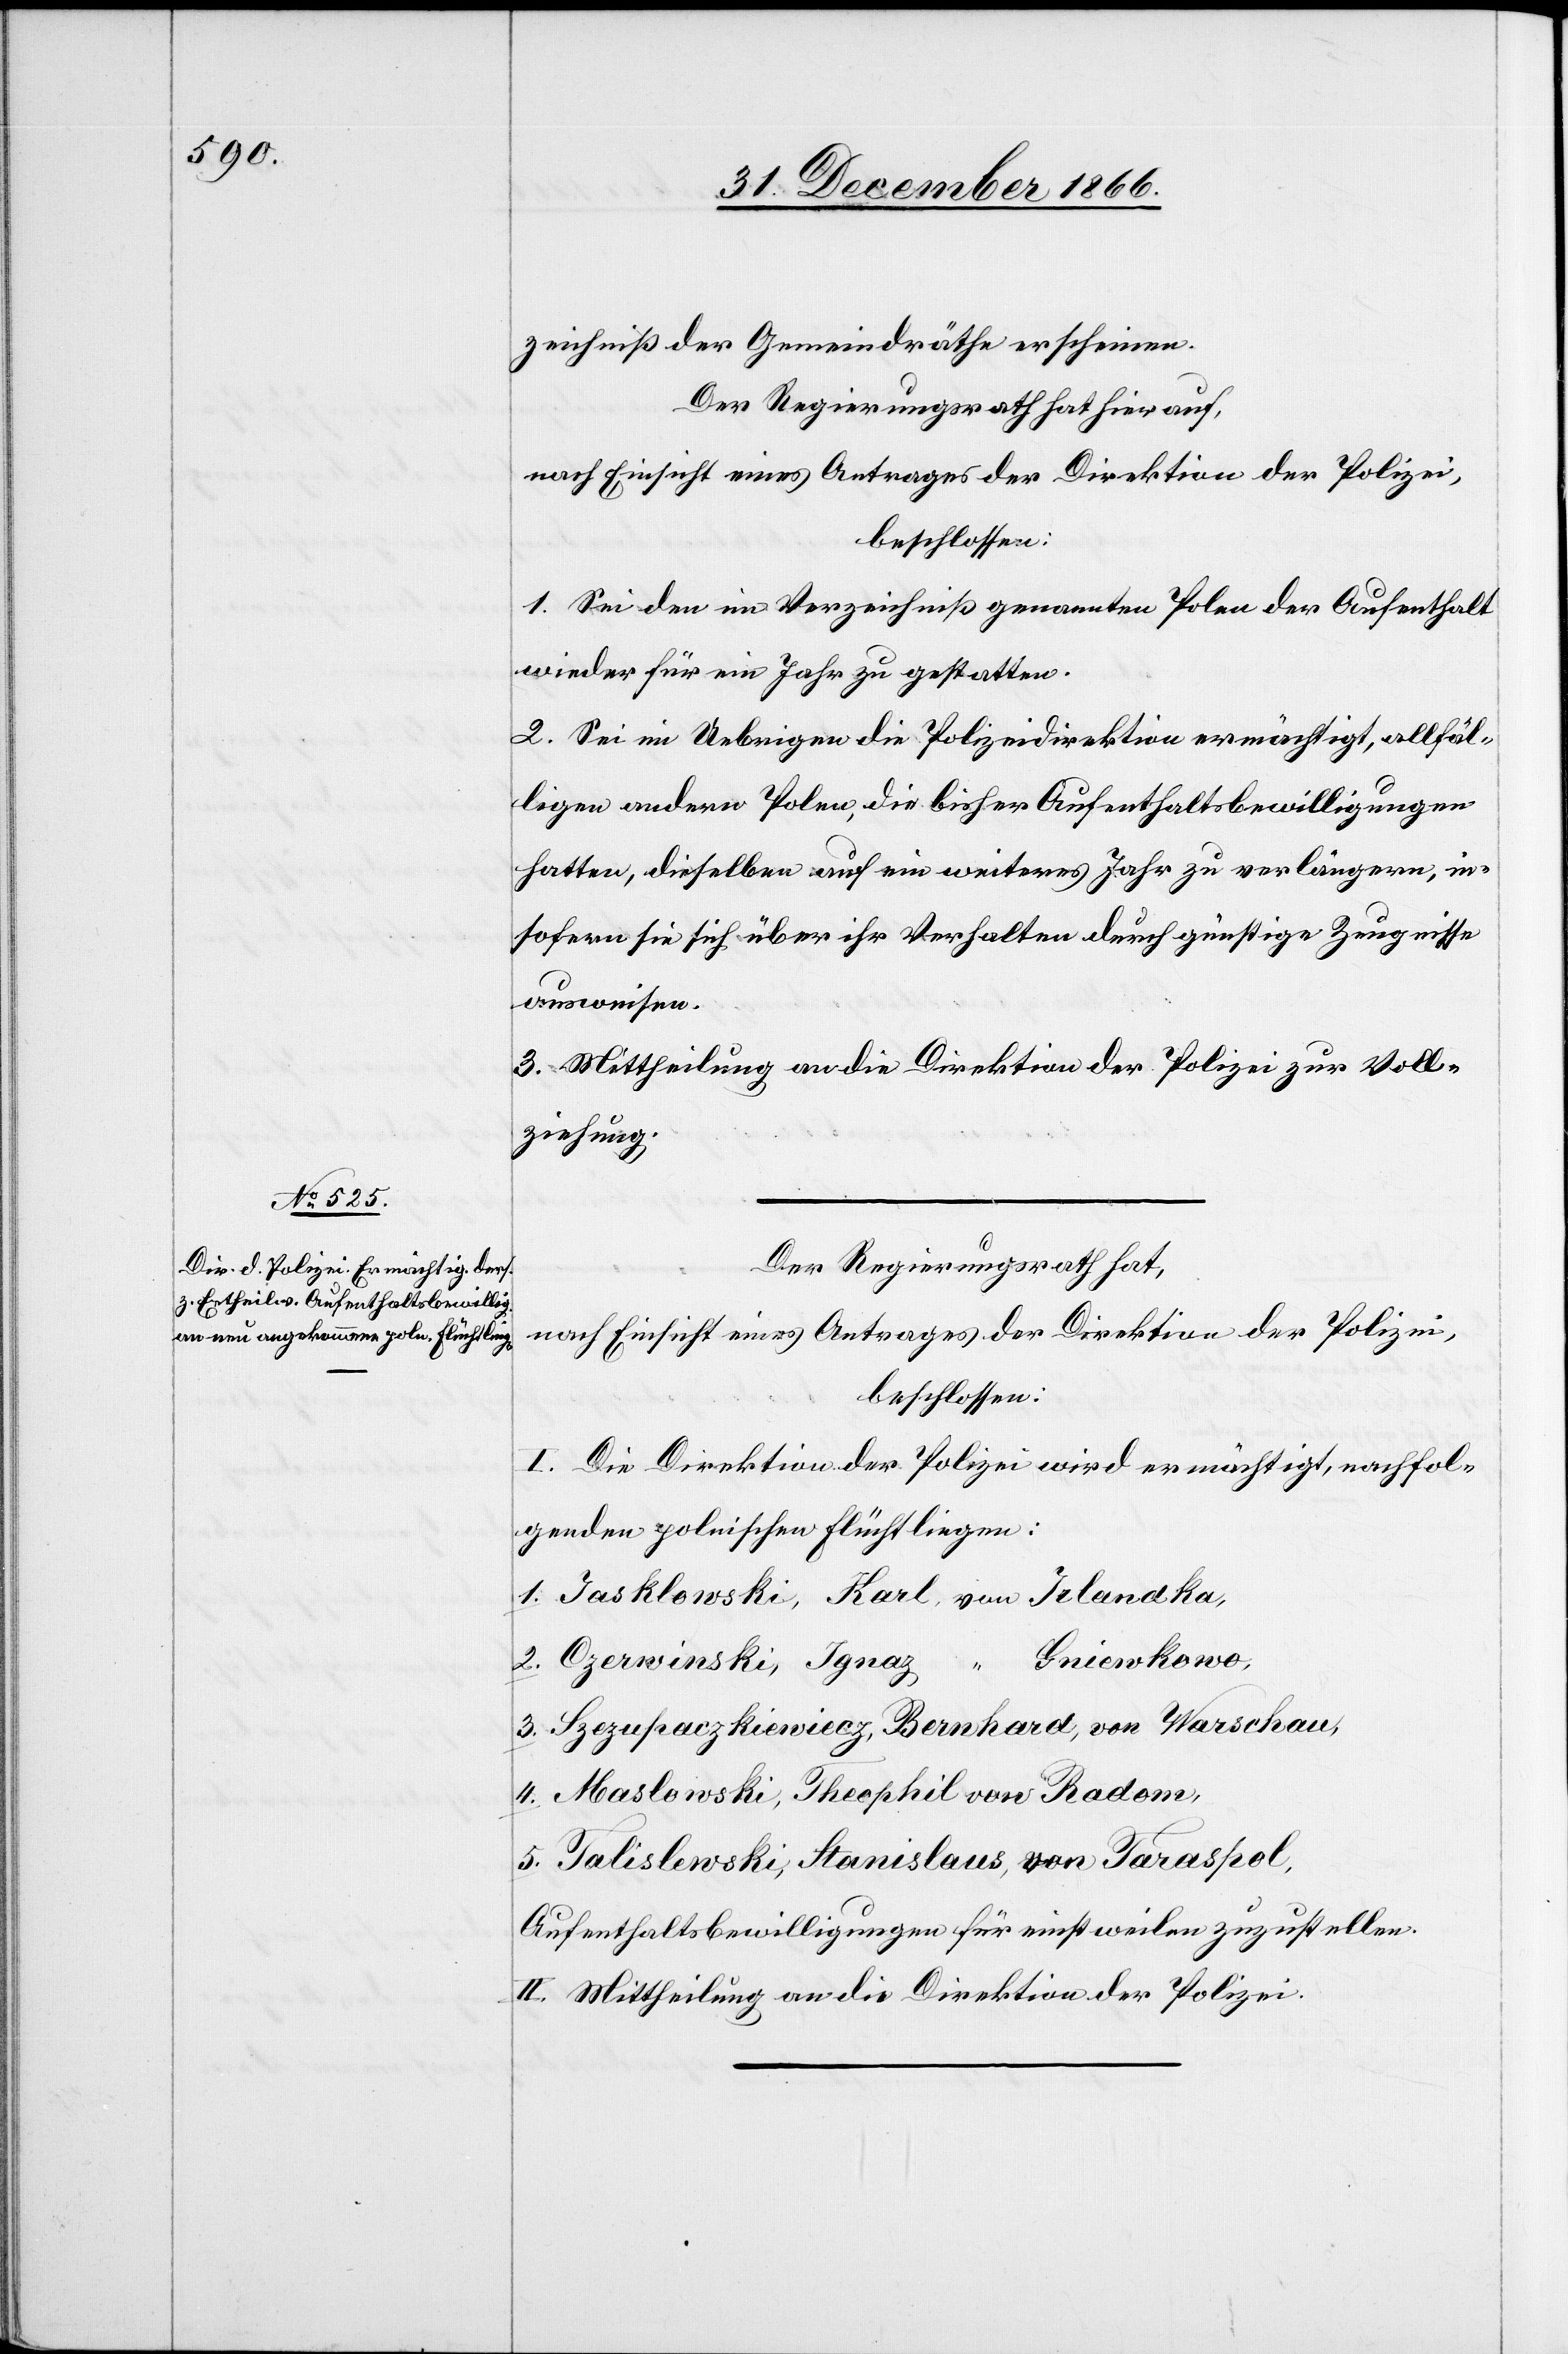
zeichniß der Gemeindräthe erscheinen.
Der Regierungsrath hat hierauf,
nach Einsicht eines Antrages der Direktion der Polizei,
beschlossen:
1. Sei den im Verzeichniß genannten Polen der Aufenthalt
wieder für ein Jahr zu gestatten.
2. Sei im Uebrigen die Polizeidirektion ermächtigt, allfäl¬
ligen andern Polen, die bisher Aufenthaltsbewilligungen
hatten, dieselben auf ein weiteres Jahr zu verlängern, in¬
sofern sie sich über ihr Verhalten durch günstige Zeugnisse
ausweisen.
3. Mittheilung an die Direktion der Polizei zur Voll¬
ziehung.
Der Regierungsrath hat,
nach Einsicht eines Antrages der Direktion der Polizei,
beschlossen:
I. Die Direktion der Polizei wird ermächtigt, nachfol¬
genden polnischen Flüchtlingen:
1. Jasklowski, Karl, von Jelandka,
2. Czerwinski, Ignaz,
“ Gniewkowo,
3. Szezupaczkiewiecz, Bernhard, von Warschau,
4. Maslowski, Theophil von Radom,
5. Talislewski, Stanislaus, von Taraspol,
Aufenthaltsbewilligungen für einstweilen zuzustellen.
II. Mittheilung an die Direktion der Polizei.